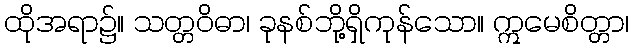
ထိုအရာ၌။ သတ္တဝိဓာ၊ ခုနစ်ဘို့ရှိကုန်သော။ ဣမေစိတ္တာ၊